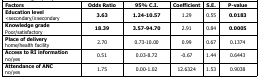
| Factors | Odds Ratio | 95% C.I. | Coefficient | S.E. | P-value |
 | --- | --- | --- | --- | --- | --- |
 | Education level<secondary/ ≥ secondary | 3.63 | 1.24-10.57 | 1.29 | 0.55 | 0.0183 |
 | Knowledge grade Poor/satisfactory | 18.39 | 3.57-94.70 | 2.91 | 0.84 | 0.0005 |
 | Place of delivery home/health facility | 2.70 | 0.73-10.00 | 0.99 | 0.67 | 0.1374 |
 | Access to RI information no/yes | 0.51 | 0.03-8.72 | -0.67 | 1.44 | 0.6443 |
 | Attendance of ANC no/yes | 1.75 | 0.00-1.02 | 12.6324 | 1.53 | 0.9038 |